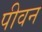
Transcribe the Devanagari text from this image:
पीवन